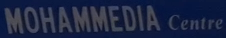
MOHAMMEDIA Centre